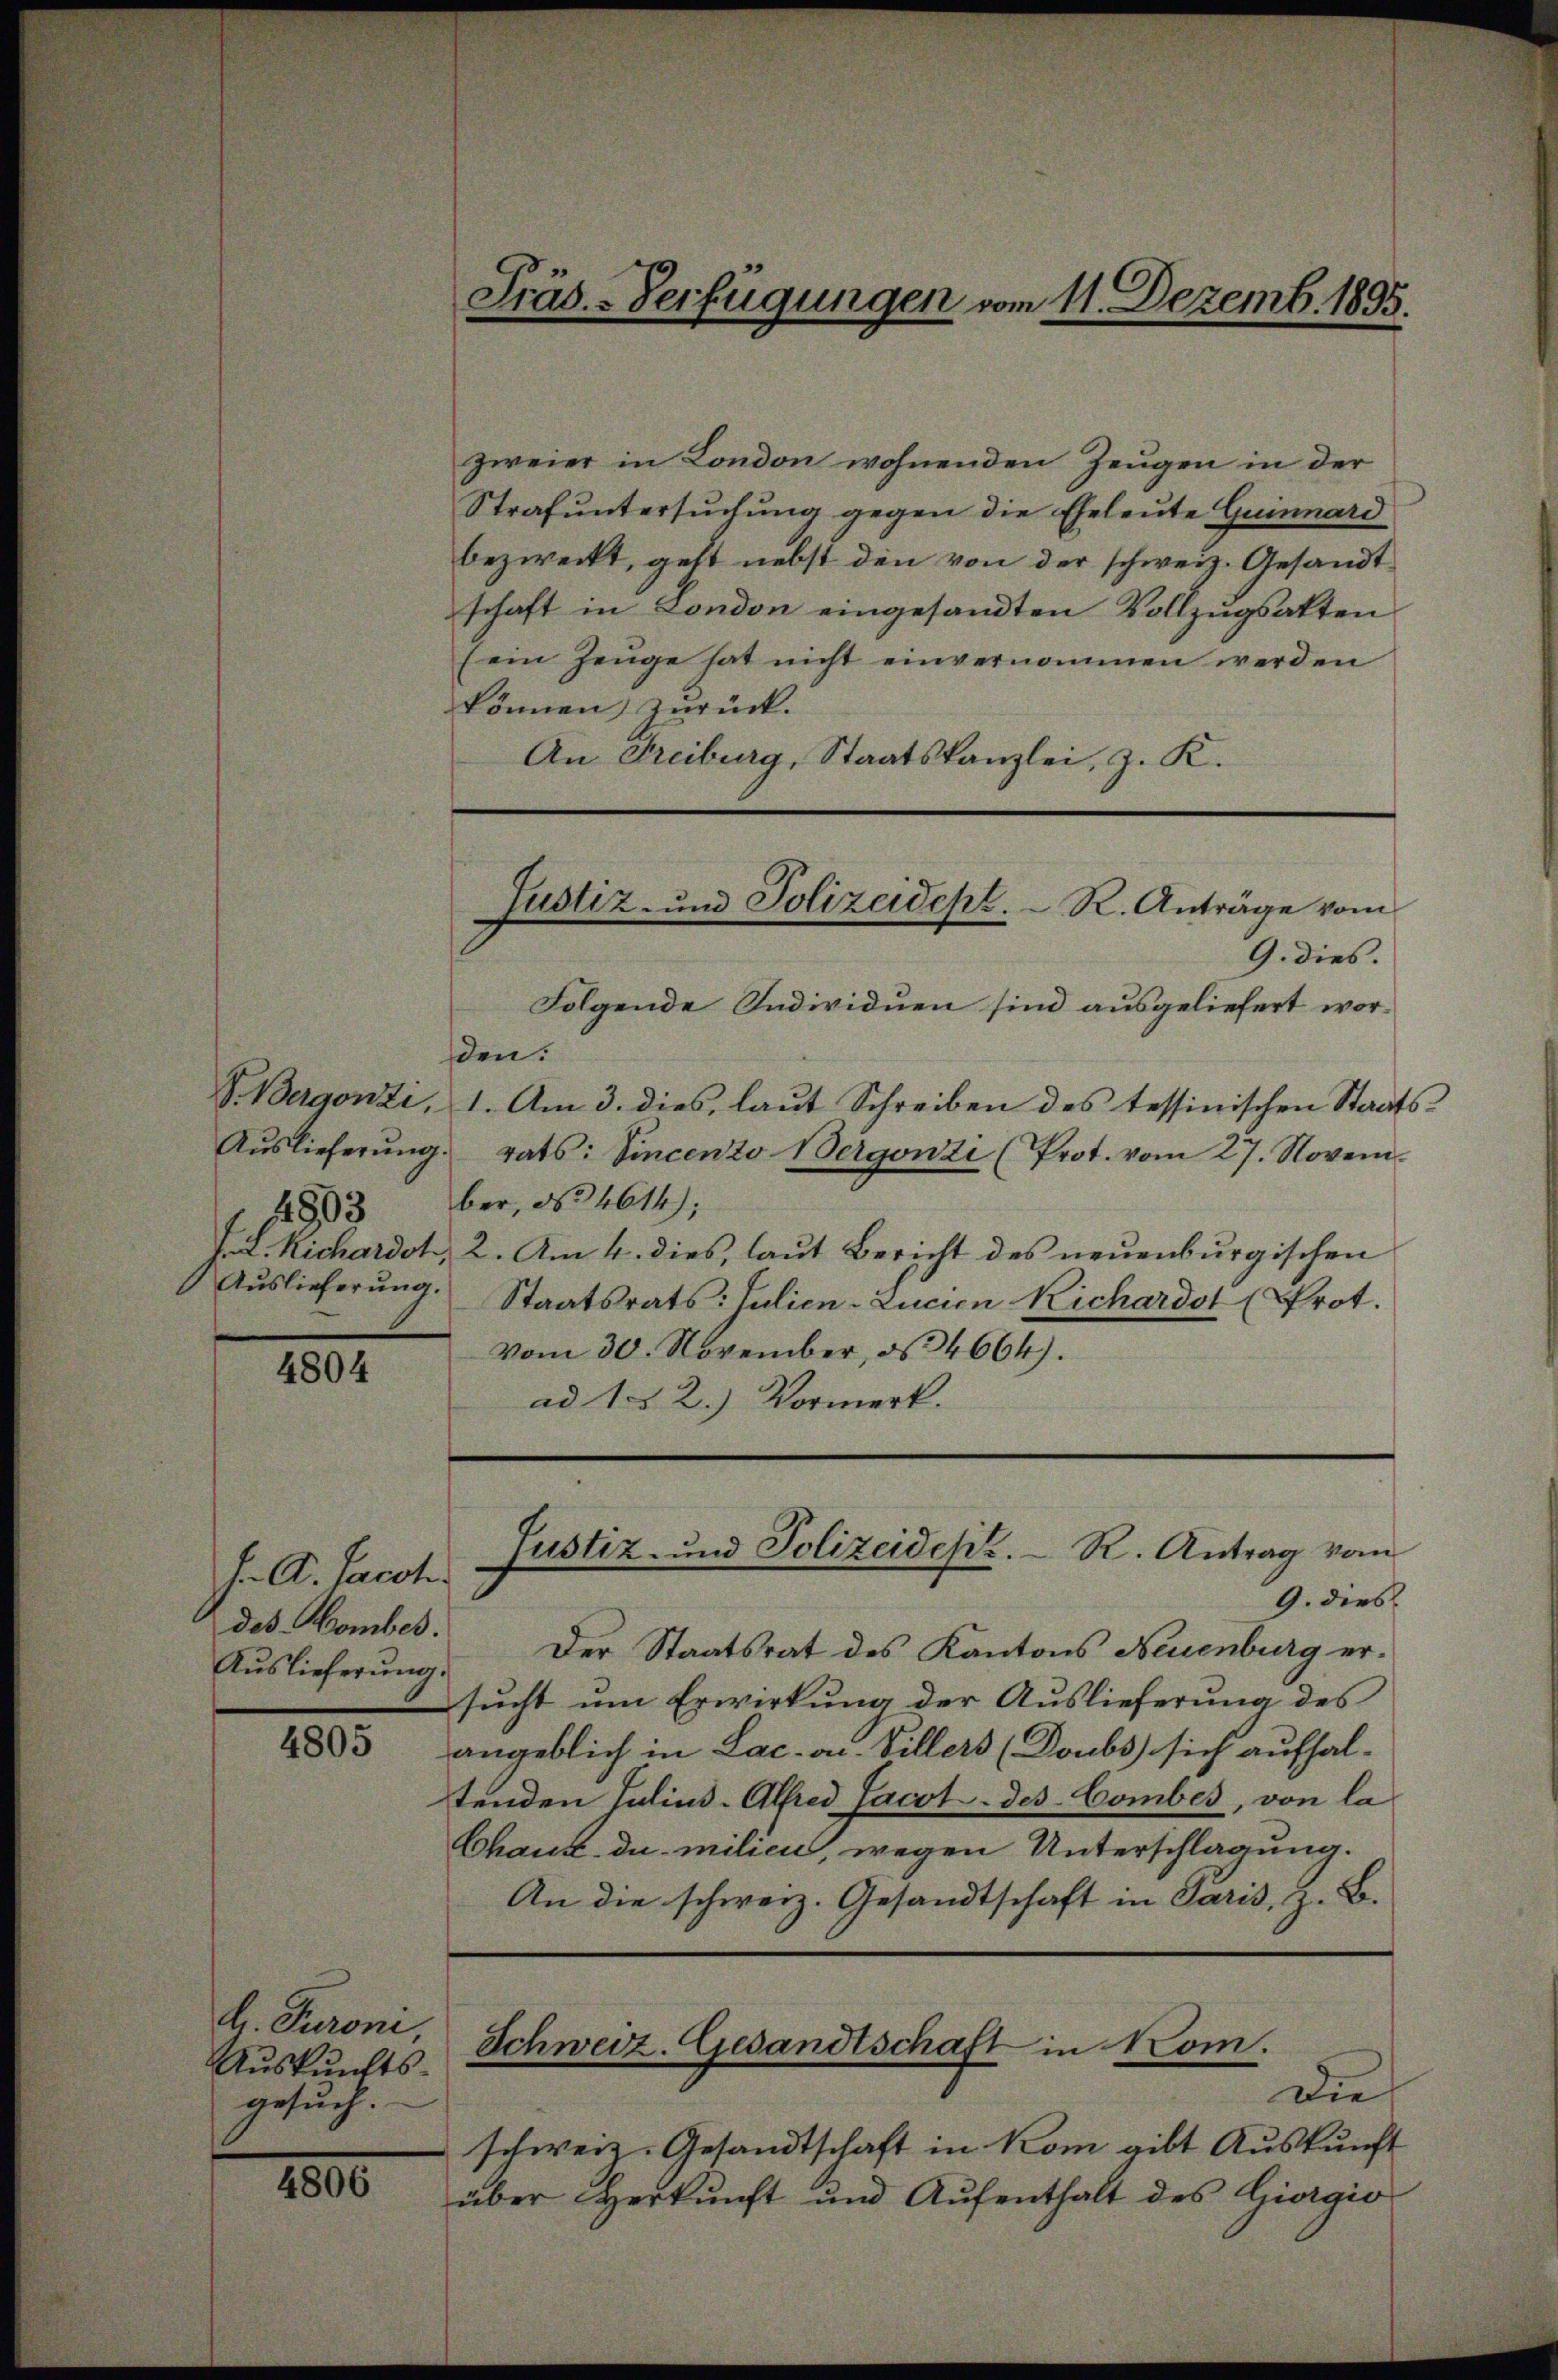
4903
J. L. Richardot
Auslieferung.

4804

J. A. Jacot
des-Comber.
Auslieferung.

4805

l. Turoni,
Auskunfts-
gesuch.

1800

Präs.-Verfügungen vom 11. Dezemb. 1895.

Justiz- und Polizeidept. R. Anträge vom

zweier in London wohnenden Zeugen in der
Strafŭntersŭchŭng gegen die Eheleute Guinnard
bezweckt, geht nebst den von der schweiz. Gesandt
schaft in London eingesandten Vollzugsakten
(ein Zeŭge hat nicht einvernommen werden
können zurück.
An Freiburg, Staatskanzlei, z. K.
G. dies.
Folgende Individuen sind ausgeliefert worden.
V. Bergonzi, 1. Am 3. dies, laut Schreiben des tessinischen Staats¬
Aŭslieferŭng rats: Vincento Wergonzi (Prot. vom 27. Novem-
ber, No 4614);
12. Am 4. dies, laut Bericht des neuenburgischen
Staatsrats: Julien-Zucien Richardst (Prot.
vom 30. November, Ns. 4664).
ad 1. §. 2.) Vormerk.
Justiz- und Polizeidept. R. Antrag vom
9. dies
Der Staatsrat des Kantons Neuenburg ersucht um Erwirkung der Auslieferung des
angeblich in Lac. v. Villers (Toubs sich aufhal-
tenden Julius-Alfred Jacot-des-Comber, von la
Chaux du milieu, wegen Unterschlagung.
An die schweiz. Gesandtschaft in Paris, z. B.
Schweiz. Gesandtschaft in Kom.
Dies
schweiz. Gesandtschaft in Kom gibt Auskunft
über Herkunft und Aŭfenthalt des Giorgio